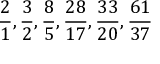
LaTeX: { \frac { 2 } { 1 } } , { \frac { 3 } { 2 } } , { \frac { 8 } { 5 } } , { \frac { 2 8 } { 1 7 } } , { \frac { 3 3 } { 2 0 } } , { \frac { 6 1 } { 3 7 } }